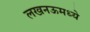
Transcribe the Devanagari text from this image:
लखनऊमध्ये